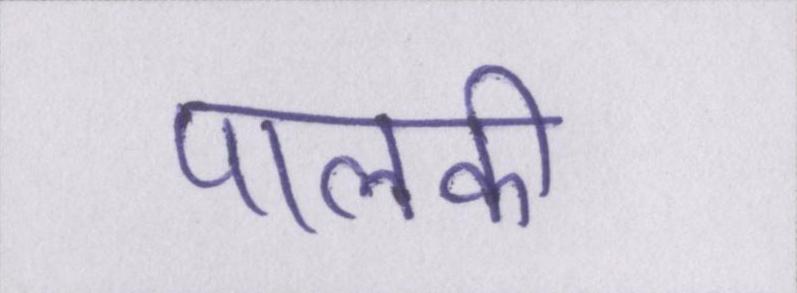
पालकी